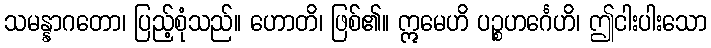
သမန္နာဂတော၊ ပြည့်စုံသည်။ ဟောတိ၊ ဖြစ်၏။ ဣမေဟိ ပဉ္စဟင်္ဂေဟိ၊ ဤငါးပါးသော